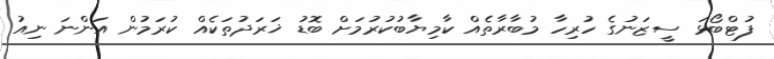
ފުޓްބޯޅަ ސީޒަނުގެ ހުރިހާ މުބާރާތެއް ކާމިޔާބުކުރުމަށް ބޮޑު ޚަރަދުތަކެއް ކުރަމުން އަންނަ ނިއު